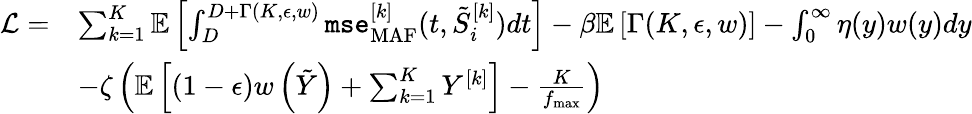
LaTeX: \begin{array}{rl}{\mathcal{L}=}&{\sum_{k=1}^{K}{\mathbb{E}}\left[\int_{D}^{D+\Gamma(K,\epsilon,w)}\texttt{mse}_{\mathrm{MAF}}^{[k]}(t,\tilde{S}_{i}^{[k]})dt\right]-\beta{\mathbb{E}}\left[\Gamma(K,\epsilon,w)\right]-\int_{0}^{\infty}\eta(y)w(y)dy}\\ &{-\zeta\left({\mathbb{E}}\left[(1-\epsilon)w\left(\tilde{Y}\right)+\sum_{k=1}^{K}Y^{[k]}\right]-\frac{K}{f_{\operatorname*{max}}}\right)}\end{array}